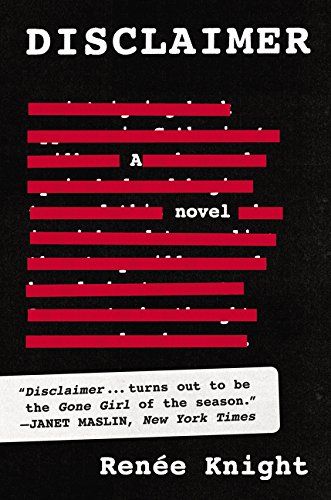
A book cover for Disclaimer: A Novel; RenÃ©e Knight; Mystery, Thriller & Suspense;